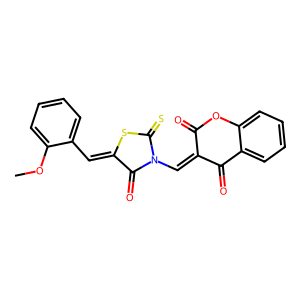
SMILES: COc1ccccc1C=C1SC(=S)N(C=C2C(=O)Oc3ccccc3C2=O)C1=O
Inhibits HIV replication: No